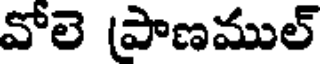
వోలె (పాణముల్